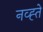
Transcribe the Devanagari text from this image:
नव्ह्ते